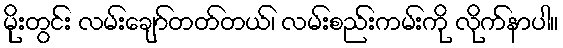
မိုးတွင်း လမ်းချော်တတ်တယ်၊ လမ်းစည်းကမ်းကို လိုက်နာပါ။